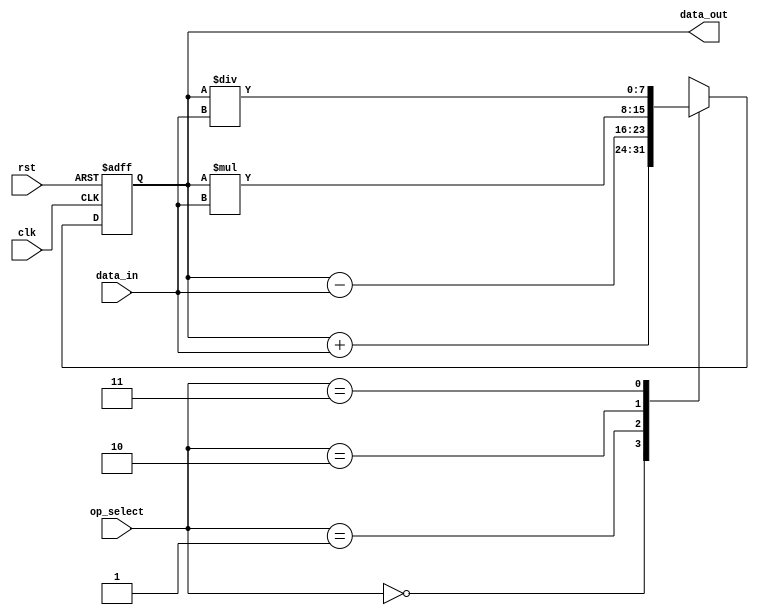
module accumulator(
    input wire clk,
    input wire rst,
    input wire [7:0] data_in,
    input wire [1:0] op_select,
    output reg [7:0] data_out
);

reg [7:0] accumulator_reg;

always @(posedge clk or posedge rst) begin
    if (rst) begin
        accumulator_reg <= 8'b0;
    end else begin
        case(op_select)
            2'b00: accumulator_reg <= accumulator_reg + data_in; // Addition operation
            2'b01: accumulator_reg <= accumulator_reg - data_in; // Subtraction operation
            2'b10: accumulator_reg <= accumulator_reg * data_in; // Multiplication operation
            2'b11: accumulator_reg <= accumulator_reg / data_in; // Division operation
            default: accumulator_reg <= accumulator_reg + data_in; // Default to addition
        endcase
    end
end

assign data_out = accumulator_reg;

endmodule